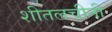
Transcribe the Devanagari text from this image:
शीतलचीनी